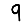
Digit: 9